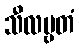
သီလဗ္ဗတံ